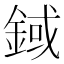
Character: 𨨅